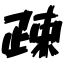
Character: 疎